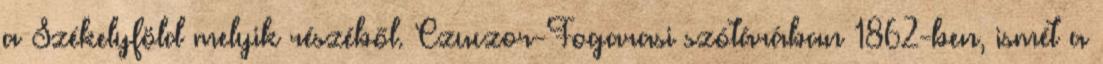
a Székelyföld melyik részéből. Czuczor-Fogarasi szótárában 1862-ben, ismét a